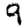
Digit: 9